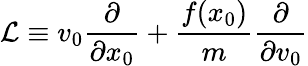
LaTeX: {\cal L}\equiv v_{0}\frac{\partial}{\partial x_{0}}+\frac{f(x_{0})}{m}\frac{\partial}{\partial v_{0}}